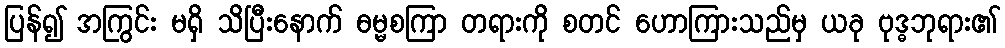
ပြန်၍ အကြွင်း မရှိ သိပြီးနောက် ဓမ္မစကြာ တရားကို စတင် ဟောကြားသည်မှ ယခု ဗုဒ္ဓဘုရား၏